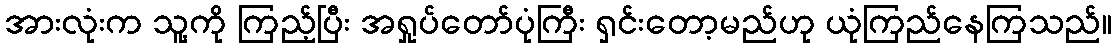
အားလုံးက သူ့ကို ကြည့်ပြီး အရှုပ်တော်ပုံကြီး ရှင်းတော့မည်ဟု ယုံကြည်နေကြသည်။